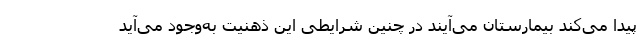
پیدا می‌کند بیمارستان می‌آیند در چنین شرایطی این ذهنیت به‌وجود می‌آید